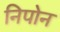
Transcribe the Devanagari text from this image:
निपोन